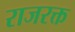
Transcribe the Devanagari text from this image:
राजरक्त